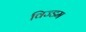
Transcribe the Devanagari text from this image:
विज्डम